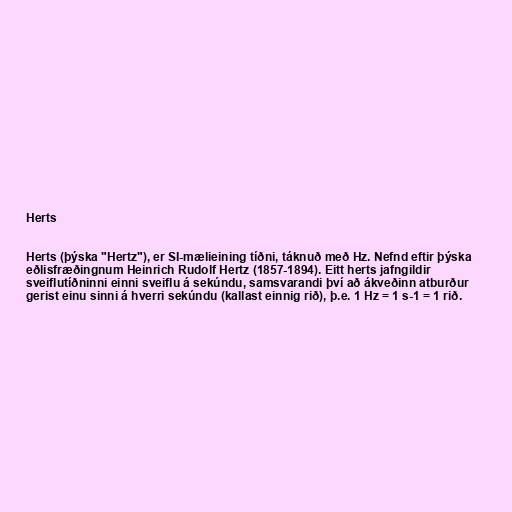
Herts

Herts (þýska "Hertz"), er SI-mælieining tíðni, táknuð með Hz. Nefnd eftir þýska
eðlisfræðingnum Heinrich Rudolf Hertz (1857-1894). Eitt herts jafngildir
sveiflutíðninni einni sveiflu á sekúndu, samsvarandi því að ákveðinn atburður
gerist einu sinni á hverri sekúndu (kallast einnig rið), þ.e. 1 Hz = 1 s-1 = 1 rið.